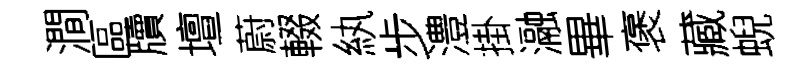
澗區牘壇蔚輟紈步澧掛瀜畢褒藏蜺